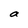
Character: a